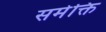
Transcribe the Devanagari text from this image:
समेक्ति